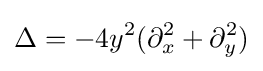
\displaystyle \Delta =-4y^{2}(\partial _{x}^{2}+\partial _{y}^{2})